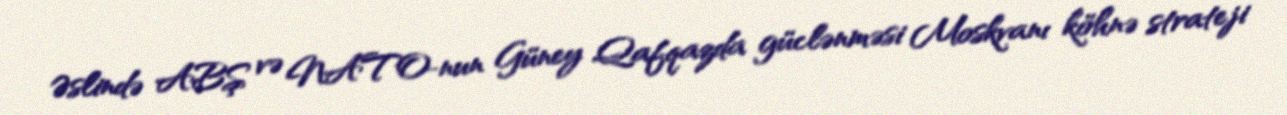
Əslində ABŞ və NATO-nun Güney Qafqazda güclənməsi Moskvanı köhnə strateji